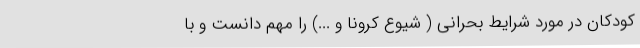
کودکان در مورد شرایط بحرانی ( شیوع کرونا و ...) را مهم دانست و با